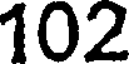
102